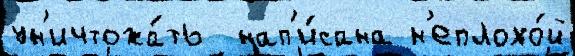
ун'ичтожа́ть  нап'и́сана н'еплохо́й